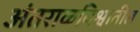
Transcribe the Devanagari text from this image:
अंतराळविश्वातील